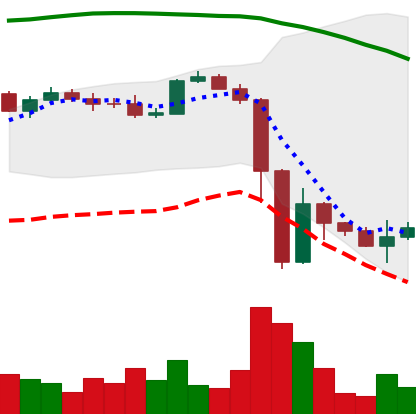
Ticker: BTC-USD
Chart end date: 2022-11-15
Forward return: -3.511%
Label: down_3_5